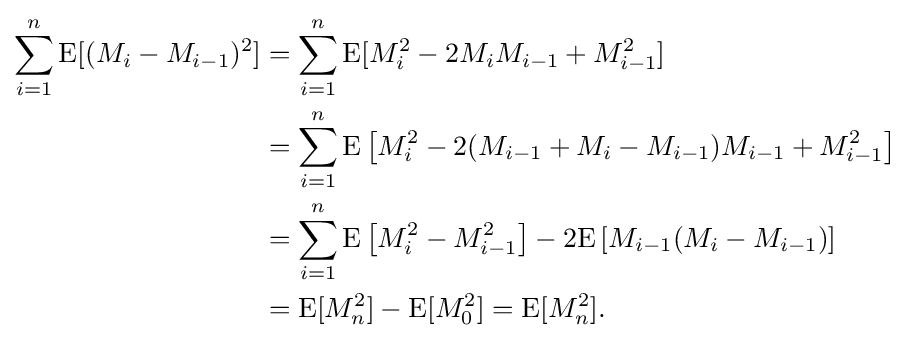
{\begin{aligned}\sum _{i=1}^{n}{\text{E}}[(M_{i}-M_{i-1})^{2}]&=\sum _{i=1}^{n}{\text{E}}[M_{i}^{2}-2M_{i}M_{i-1}+M_{i-1}^{2}]\\&=\sum _{i=1}^{n}{\text{E}}\left[M_{i}^{2}-2(M_{i-1}+M_{i}-M_{i-1})M_{i-1}+M_{i-1}^{2}\right]\\&=\sum _{i=1}^{n}{\text{E}}\left[M_{i}^{2}-M_{i-1}^{2}\right]-2{\text{E}}\left[M_{i-1}(M_{i}-M_{i-1})\right]\\&={\text{E}}[M_{n}^{2}]-{\text{E}}[M_{0}^{2}]={\text{E}}[M_{n}^{2}].\end{aligned}}